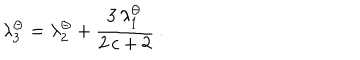
LaTeX: \lambda _ { 3 } ^ { \Theta } = \lambda _ { 2 } ^ { \Theta } + \frac { 3 \, \lambda _ { 1 } ^ { \Theta } } { 2 \, c + 2 } \: .